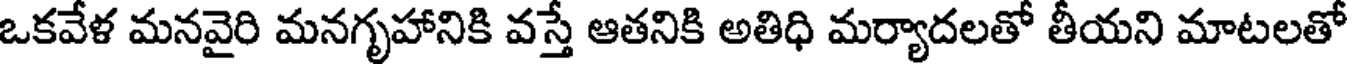
ఒకవేళ మనవైరి మనగృహానికి వస్తే ఆతనికి అతిధి మర్యాదలతో తీయని మాటలతో